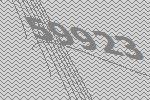
59923